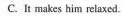
C.It makes him relaxed。